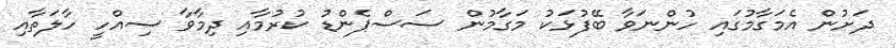
ދަށުން އެމަގާމުގައި ހުންނަވާ ބޭފުޅަކު މަގާމުން ސަސްޕެންޑު ކުރުމާއި ދިމާވާ ސިއްހީ ހާލަތާއި